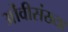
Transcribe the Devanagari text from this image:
ओंवीसंख्या